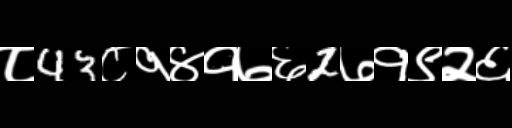
Text: ८43८१४१७६2७१९२६